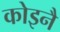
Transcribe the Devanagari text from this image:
कोइनै